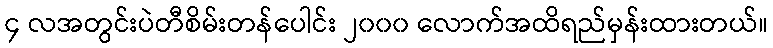
၄ လအတွင်းပဲတီစိမ်းတန်ပေါင်း ၂၀၀၀ လောက်အထိရည်မှန်းထားတယ်။